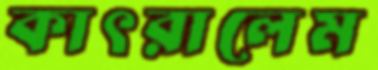
কাৎরালেম